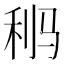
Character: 𩧸